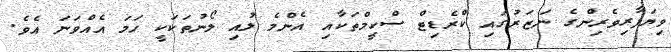
ވިޔަފާރިވެރިންގެ ނަޒަރުގައި ކްރެޑިޓް ސްކީމްތަކާއި އެންމެ ލުއި ލޯނުތަކަކީ ހަމަ އެއްވަނަ އެވެ.